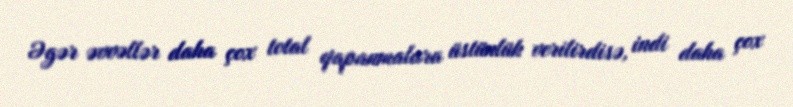
Əgər əvvəllər daha çox total qapanmalara üstünlük verilirdisə, indi daha çox